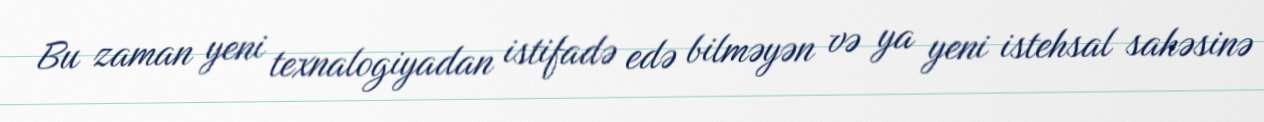
Bu zaman yeni texnalogiyadan istifadə edə bilməyən və ya yeni istehsal sahəsinə